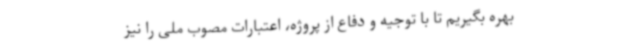
بهره بگیریم تا با توجیه و دفاع از پروژه، اعتبارات مصوب ملی را نیز